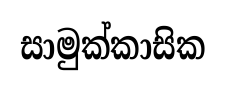
සාමුක්කාසික